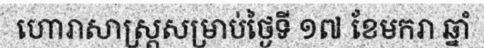
ហោរាសាស្ត្រសម្រាប់ថ្ងៃទី ១៧ ខែមករា ឆ្នាំ